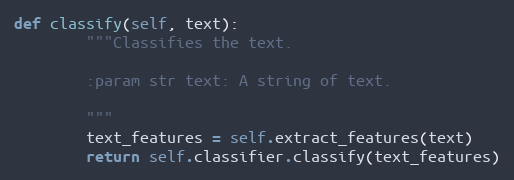
Language: Python
def classify(self, text):
        """Classifies the text.

        :param str text: A string of text.

        """
        text_features = self.extract_features(text)
        return self.classifier.classify(text_features)